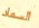
السماد